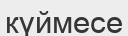
күймесе